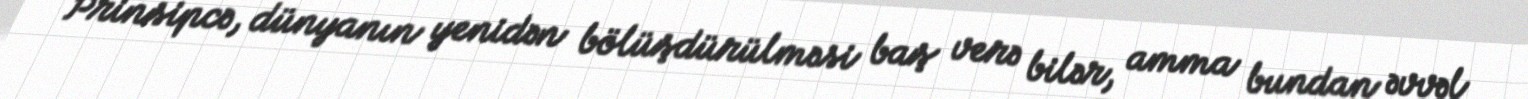
Prinsipcə, dünyanın yenidən bölüşdürülməsi baş verə bilər, amma bundan əvvəl